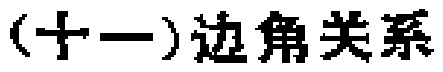
(十一)边角关系